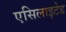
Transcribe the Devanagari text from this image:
एसिलाइटेड